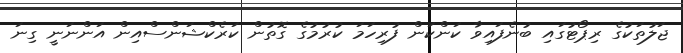
ޖަލުތަކުގެ ރިޕޯޓުގައި ބުނެފައިވާ ކަންކަން ފުރިހަމަ ކުރުމުގެ ގޮތުން ކަރެކްޝަންސްއިން އަންނަނީ ގިނަ